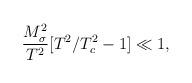
LaTeX: \begin{align*}\frac{M_{\sigma}^2}{T^2}[T^2/T^2_c-1] \ll 1 ,\end{align*}